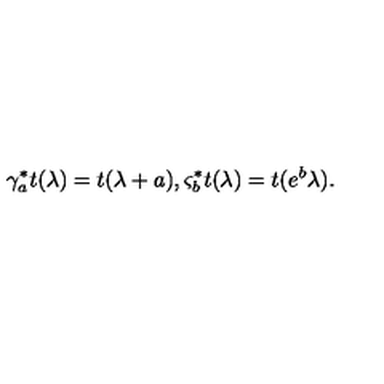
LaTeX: \gamma _ { a } ^ { \ast } t ( \lambda ) = t ( \lambda + a ) , \varsigma _ { b } ^ { \ast } t ( \lambda ) = t ( e ^ { b } \lambda ) .